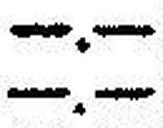
—.—